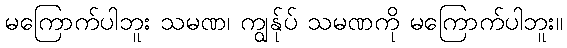
မကြောက်ပါဘူး သမဏ၊ ကျွန်ုပ် သမဏကို မကြောက်ပါဘူး။